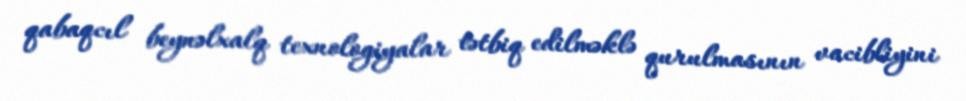
qabaqcıl beynəlxalq texnologiyalar tətbiq edilməklə qurulmasının vacibliyini